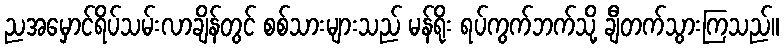
ညအမှောင်ရိပ်သမ်းလာချိန်တွင် စစ်သားများသည် မန်ရိုး ရပ်ကွက်ဘက်သို့ ချီတက်သွားကြသည်။